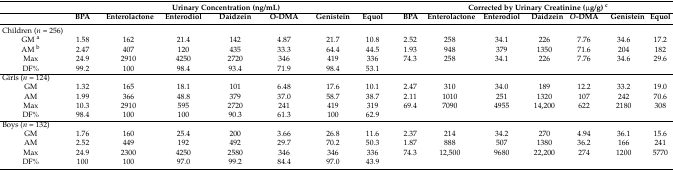
<table><thead><tr><td></td><td colspan="7"><b>Urinary Concentration (ng/mL)</b></td><td></td><td colspan="7"><b>Corrected by Urinary Creatinine (μg/g) <sup>c</sup></b></td></tr><tr><td></td><td><b>BPA</b></td><td><b>Enterolactone</b></td><td><b>Enterodiol</b></td><td><b>Daidzein</b></td><td><b>O-DMA</b></td><td><b>Genistein</b></td><td><b>Equol</b></td><td></td><td><b>BPA</b></td><td><b>Enterolactone</b></td><td><b>Enterodiol</b></td><td><b>Daidzein</b></td><td><b><i>O</i>-DMA</b></td><td><b>Genistein</b></td><td><b>Equol</b></td></tr></thead><tbody><tr><td colspan="9">Children (<i>n</i> = 256)</td><td colspan="7"></td></tr><tr><td>GM <sup>a</sup></td><td>1.58</td><td>162</td><td>21.4</td><td>142</td><td>4.87</td><td>21.7</td><td>10.8</td><td></td><td>2.52</td><td>258</td><td>34.1</td><td>226</td><td>7.76</td><td>34.6</td><td>17.2</td></tr><tr><td>AM <sup>b</sup></td><td>2.47</td><td>407</td><td>120</td><td>435</td><td>33.3</td><td>64.4</td><td>44.5</td><td></td><td>1.93</td><td>948</td><td>379</td><td>1350</td><td>71.6</td><td>204</td><td>182</td></tr><tr><td>Max</td><td>24.9</td><td>2910</td><td>4250</td><td>2720</td><td>346</td><td>419</td><td>336</td><td></td><td>74.3</td><td>258</td><td>34.1</td><td>226</td><td>7.76</td><td>34.6</td><td>29.6</td></tr><tr><td>DF%</td><td>99.2</td><td>100</td><td>98.4</td><td>93.4</td><td>71.9</td><td>98.4</td><td>53.1</td><td></td><td></td><td></td><td></td><td></td><td></td><td></td><td></td></tr><tr><td colspan="9">Girls (<i>n</i> = 124)</td><td colspan="7"></td></tr><tr><td>GM</td><td>1.32</td><td>165</td><td>18.1</td><td>101</td><td>6.48</td><td>17.6</td><td>10.1</td><td></td><td>2.47</td><td>310</td><td>34.0</td><td>189</td><td>12.2</td><td>33.2</td><td>19.0</td></tr><tr><td>AM</td><td>1.99</td><td>366</td><td>48.8</td><td>379</td><td>37.0</td><td>58.7</td><td>38.7</td><td></td><td>2.11</td><td>1010</td><td>251</td><td>1320</td><td>107</td><td>242</td><td>70.6</td></tr><tr><td>Max</td><td>10.3</td><td>2910</td><td>595</td><td>2720</td><td>241</td><td>419</td><td>319</td><td></td><td>69.4</td><td>7090</td><td>4955</td><td>14,200</td><td>622</td><td>2180</td><td>308</td></tr><tr><td>DF%</td><td>98.4</td><td>100</td><td>100</td><td>90.3</td><td>61.3</td><td>100</td><td>62.9</td><td></td><td></td><td></td><td></td><td></td><td></td><td></td><td></td></tr><tr><td colspan="9">Boys (<i>n</i> = 132)</td><td colspan="7"></td></tr><tr><td>GM</td><td>1.76</td><td>160</td><td>25.4</td><td>200</td><td>3.66</td><td>26.8</td><td>11.6</td><td></td><td>2.37</td><td>214</td><td>34.2</td><td>270</td><td>4.94</td><td>36.1</td><td>15.6</td></tr><tr><td>AM</td><td>2.52</td><td>449</td><td>192</td><td>492</td><td>29.7</td><td>70.2</td><td>50.3</td><td></td><td>1.87</td><td>888</td><td>507</td><td>1380</td><td>36.2</td><td>166</td><td>241</td></tr><tr><td>Max</td><td>24.9</td><td>2300</td><td>4250</td><td>2580</td><td>346</td><td>346</td><td>336</td><td></td><td>74.3</td><td>12,500</td><td>9680</td><td>22,200</td><td>274</td><td>1200</td><td>5770</td></tr><tr><td>DF%</td><td>100</td><td>100</td><td>97.0</td><td>99.2</td><td>84.4</td><td>97.0</td><td>43.9</td><td></td><td></td><td></td><td></td><td></td><td></td><td></td><td></td></tr></tbody></table>